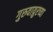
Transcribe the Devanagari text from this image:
गुरुवाय्रुरच्या